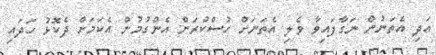
އަދި އެތަނުން ނަގާފައިވާ ވެލި އެތަނަށް ހުސްކުރަން އެންގުމުން އެކަމަށް ދެކޮޅު ހަދައި